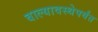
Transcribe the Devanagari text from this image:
बाल्यावस्थेपर्यंत